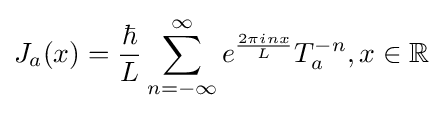
J_{a}(x)={\frac {\hbar }{L}}\sum _{n=-\infty }^{\infty }e^{\frac {2\pi inx}{L}}T_{a}^{-n},x\in \mathbb {R}